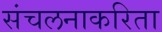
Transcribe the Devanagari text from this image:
संचलनाकरिता